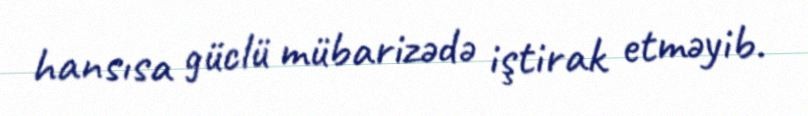
hansısa güclü mübarizədə iştirak etməyib.